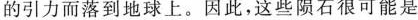
的引力而落到地球上。因此，这些陨石很可能是